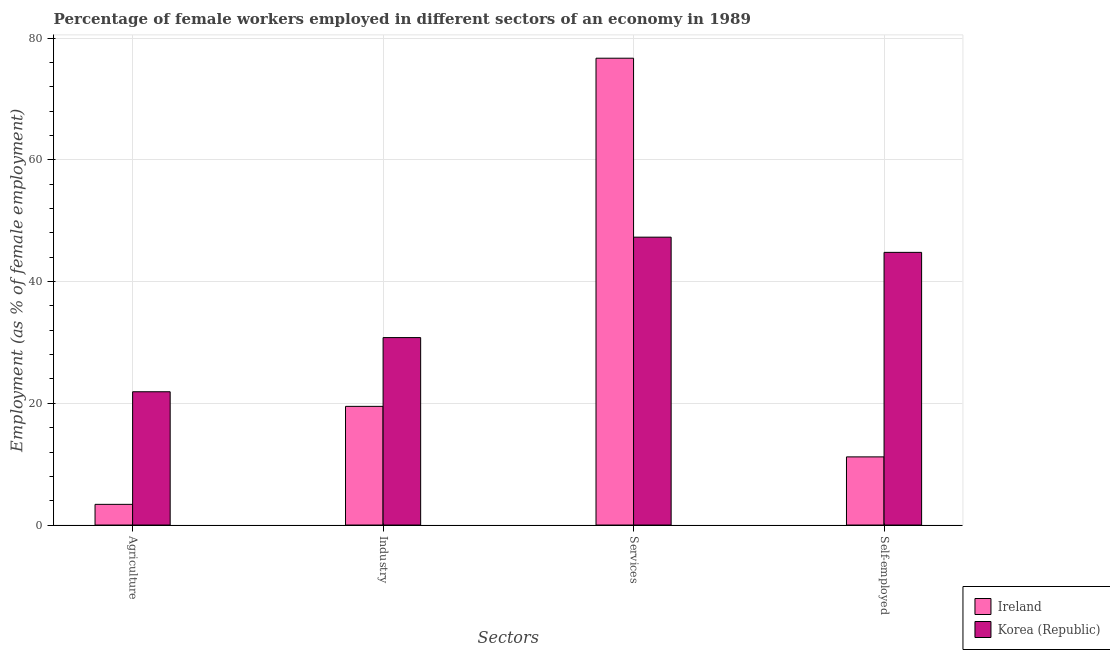
| Sectors | Ireland | Korea (Republic) |
 | --- | --- | --- |
 | Agriculture | 3.4 | 21.9 |
 | Industry | 19.5 | 30.8 |
 | Services | 76.7 | 47.3 |
 | Self-employed | 11.2 | 44.8 |